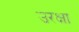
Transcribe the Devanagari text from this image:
उरक्षा